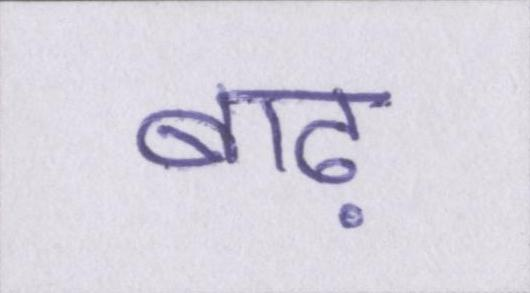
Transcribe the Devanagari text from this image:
बाढ़